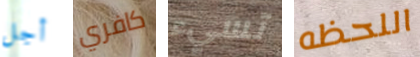
أجل كافري تسيء اللحظه